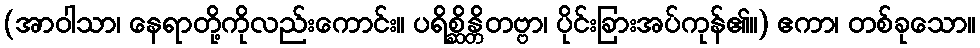
(အာဝါသာ၊ နေရာတို့ကိုလည်းကောင်း။ ပရိစ္ဆိန္တိတဗ္ဗာ၊ ပိုင်းခြားအပ်ကုန်၏။) ဧကာ၊ တစ်ခုသော။